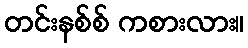
တင်းနစ်စ် ကစားလား။